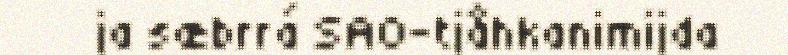
ja sæbrrá SAO-tjåhkanimijda